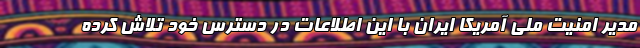
مدیر امنیت ملی آمریکا ایران با این اطلاعات در دسترس خود تلاش کرده